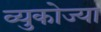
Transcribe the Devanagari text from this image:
व्युकोज्या